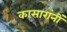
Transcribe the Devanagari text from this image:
कासारांनीं